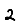
Digit: 2